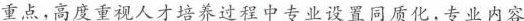
重点，高度重视人才培养过程中专业设置同质化，专业内容